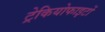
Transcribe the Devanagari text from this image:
ट्रेकियोफाइटों